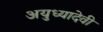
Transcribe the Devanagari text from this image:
अयुध्यादेवी